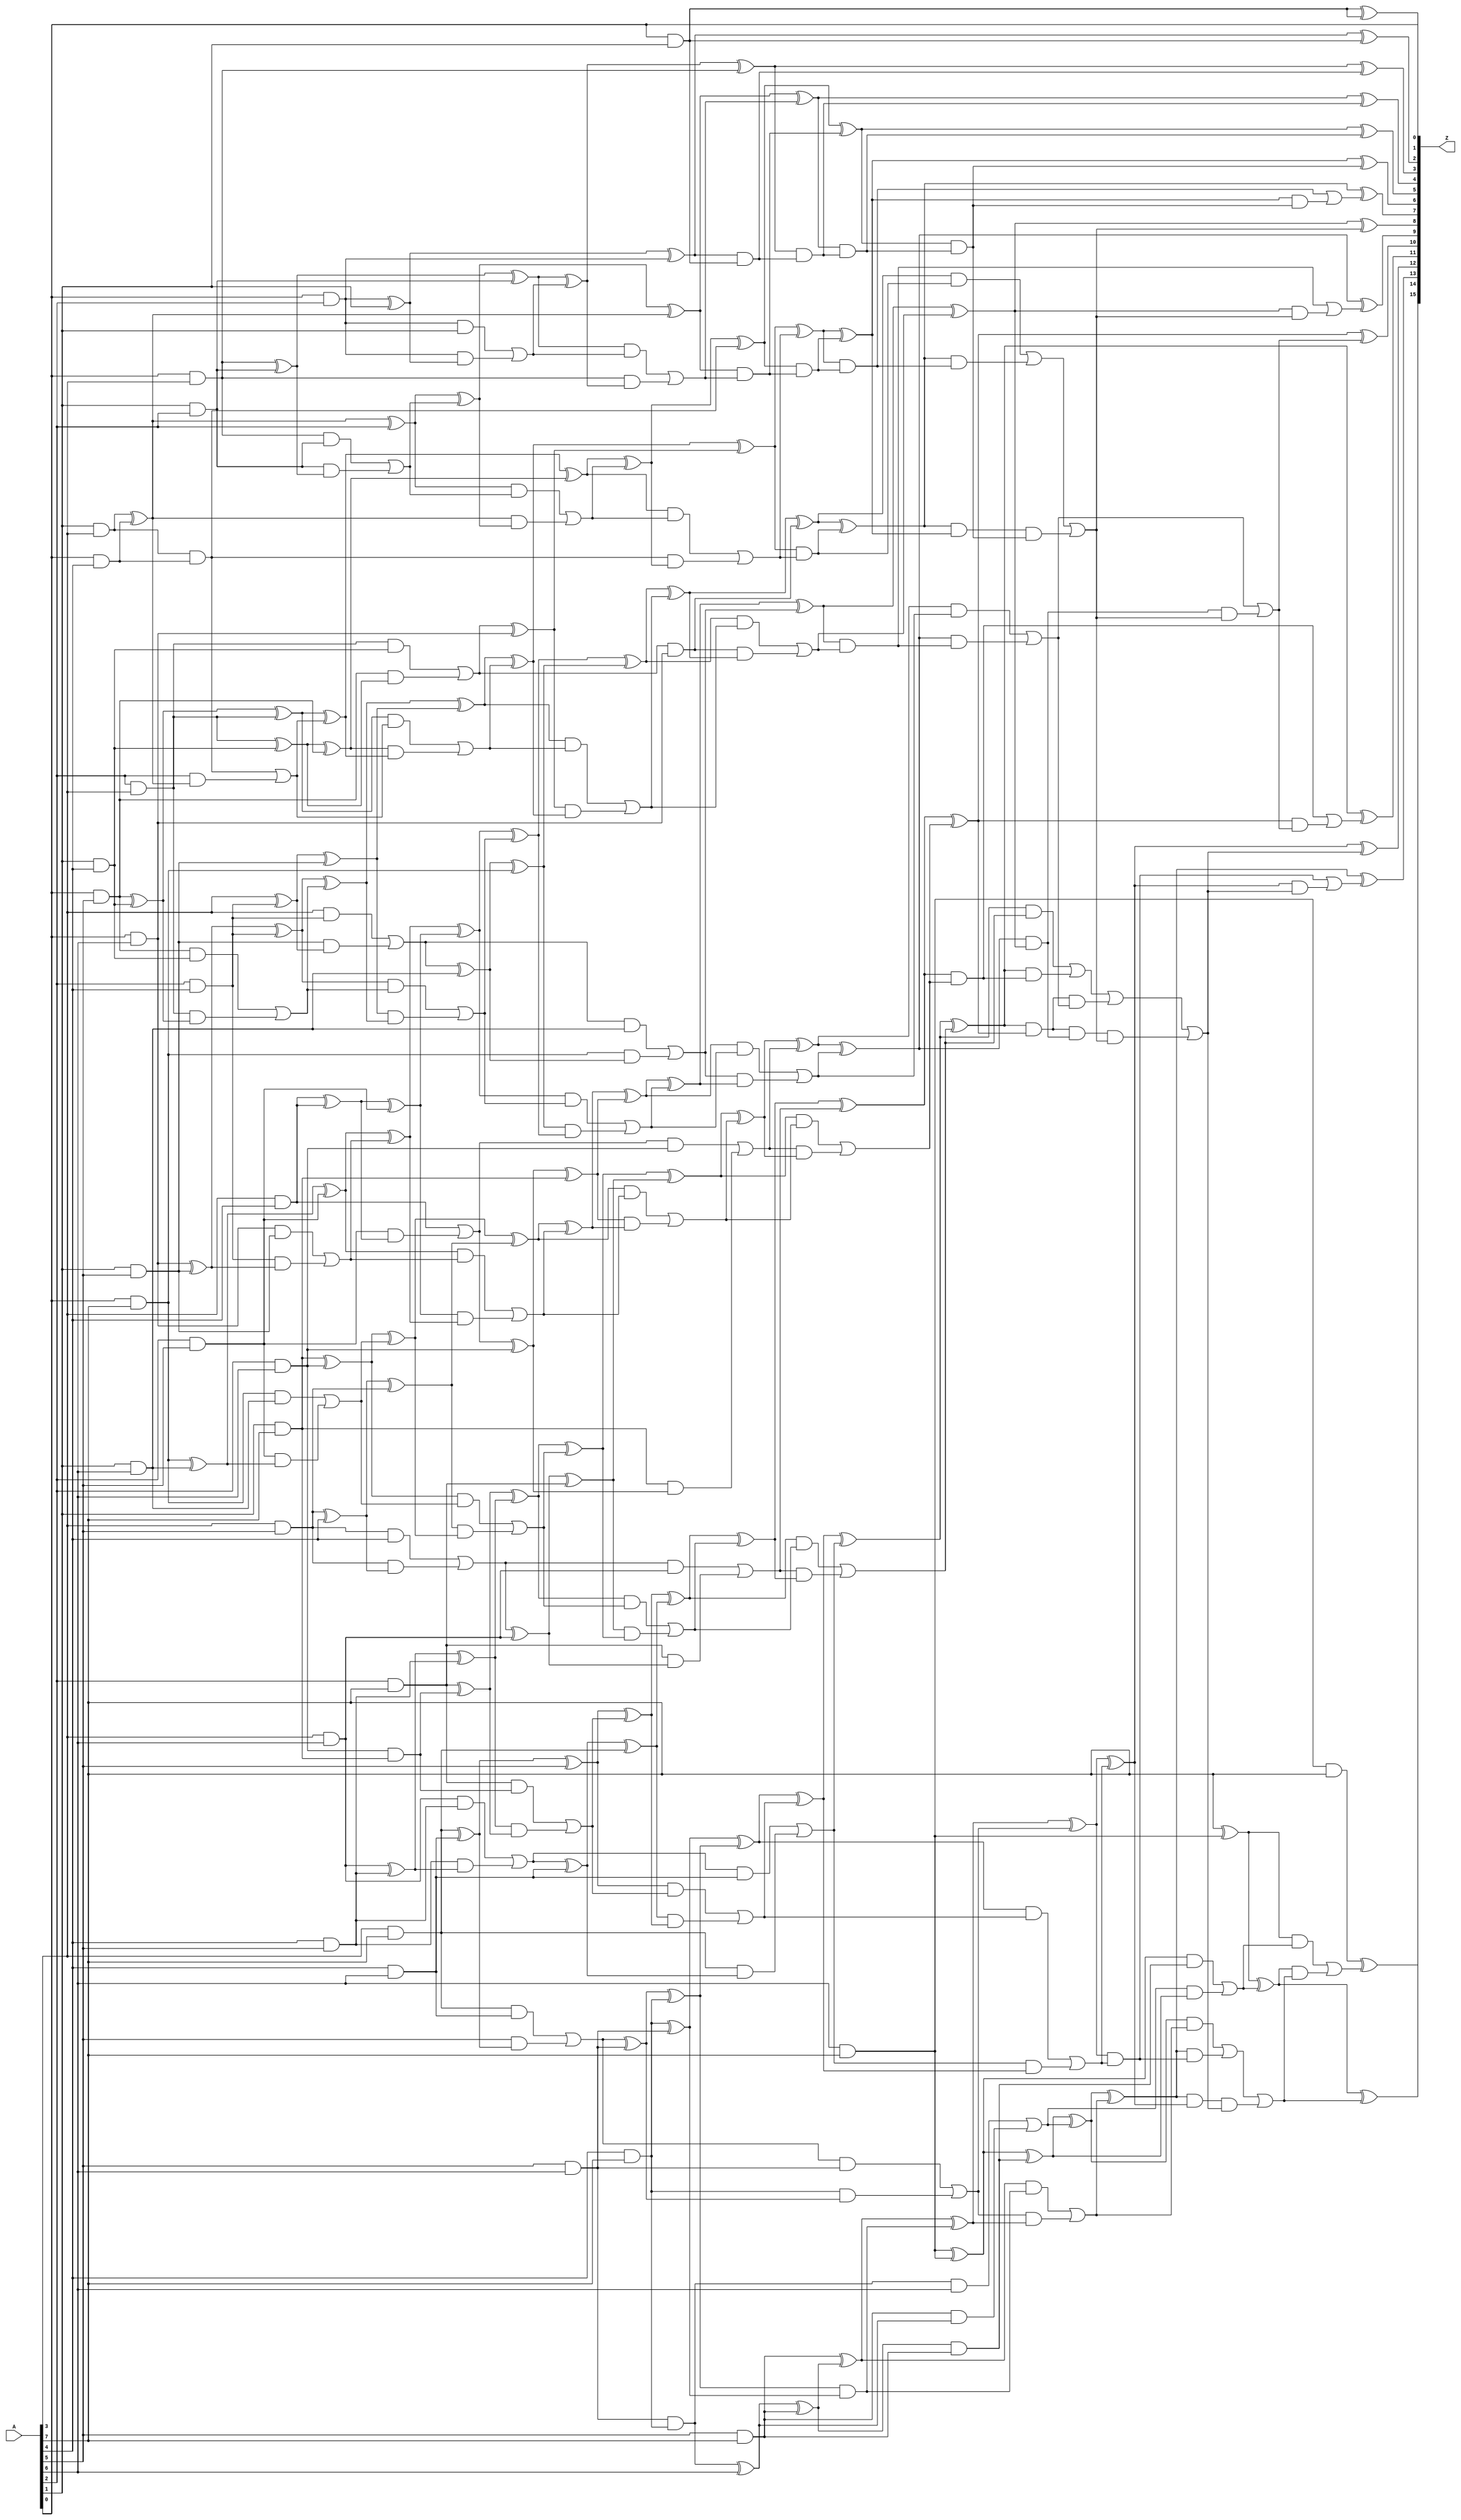
/* Generated by Yosys 0.5+ (git sha1 f13e387, gcc 5.3.1-8ubuntu2 -O2 -fstack-protector-strong -fPIC -Os) */
module square8(A, Z);
  wire [15:0] _000_;
  wire [15:0] _001_;
  wire [15:0] _002_;
  wire [15:0] _003_;
  wire [15:0] _004_;
  wire [15:0] _005_;
  wire [15:0] _006_;
  wire [15:0] _007_;
  wire [15:0] _008_;
  wire [15:0] _009_;
  wire [15:0] _010_;
  wire [15:0] _011_;
  wire [15:0] _012_;
  wire [15:0] _013_;
  wire [15:0] _014_;
  wire [15:0] _015_;
  wire [15:0] _016_;
  wire [15:0] _017_;
  wire [15:0] _018_;
  wire [15:0] _019_;
  wire [15:0] _020_;
  wire [15:0] _021_;
  wire [15:0] _022_;
  wire [15:0] _023_;
  wire [15:0] _024_;
  wire [15:0] _025_;
  wire [15:0] _026_;
  wire [15:0] _027_;
  wire [15:0] _028_;
  wire [15:0] _029_;
  wire [15:0] _030_;
  wire [15:0] _031_;
  wire [15:0] _032_;
  wire [15:0] _033_;
  wire [15:0] _034_;
  wire [15:0] _035_;
  wire [15:0] _036_;
  wire [15:0] _037_;
  wire [15:0] _038_;
  wire [15:0] _039_;
  wire [15:0] _040_;
  wire _041_;
  wire _042_;
  wire _043_;
  wire _044_;
  wire _045_;
  wire _046_;
  wire _047_;
  wire _048_;
  wire _049_;
  wire _050_;
  wire _051_;
  wire _052_;
  wire _053_;
  wire _054_;
  wire _055_;
  wire _056_;
  wire _057_;
  wire _058_;
  wire _059_;
  wire _060_;
  wire _061_;
  wire _062_;
  wire _063_;
  wire _064_;
  input [7:0] A;
  output [15:0] Z;
  assign _014_[1] = A[0] & A[1];
  assign _015_[2] = A[1] & A[1];
  assign _014_[2] = A[0] & A[2];
  assign _015_[3] = A[1] & A[2];
  assign _016_[4] = A[2] & A[2];
  assign _014_[3] = A[0] & A[3];
  assign _015_[4] = A[1] & A[3];
  assign _016_[5] = A[2] & A[3];
  assign _017_[6] = A[3] & A[3];
  assign _014_[4] = A[0] & A[4];
  assign _015_[5] = A[1] & A[4];
  assign _016_[6] = A[2] & A[4];
  assign _017_[7] = A[3] & A[4];
  assign _018_[8] = A[4] & A[4];
  assign _014_[5] = A[0] & A[5];
  assign _015_[6] = A[1] & A[5];
  assign _016_[7] = A[2] & A[5];
  assign _017_[8] = A[3] & A[5];
  assign _018_[9] = A[4] & A[5];
  assign _019_[10] = A[5] & A[5];
  assign _014_[6] = A[0] & A[6];
  assign _015_[7] = A[1] & A[6];
  assign _016_[8] = A[2] & A[6];
  assign _017_[9] = A[3] & A[6];
  assign _018_[10] = A[4] & A[6];
  assign _019_[11] = A[5] & A[6];
  assign _020_[12] = A[6] & A[6];
  assign _014_[7] = A[0] & A[7];
  assign _015_[8] = A[1] & A[7];
  assign _016_[9] = A[2] & A[7];
  assign _017_[10] = A[3] & A[7];
  assign _018_[11] = A[4] & A[7];
  assign _019_[12] = A[5] & A[7];
  assign _020_[13] = A[6] & A[7];
  assign _021_[14] = A[7] & A[7];
  assign _000_[2] = _024_[2] ^  _014_[2];
  assign _000_[3] = _024_[3] ^  _015_[3];
  assign _000_[4] = _001_[4] ^  _016_[4];
  assign _000_[5] = _024_[5] ^  _016_[5];
  assign _000_[6] = _024_[6] ^  _016_[6];
  assign _000_[7] = _024_[7] ^  _016_[7];
  assign _000_[8] = _015_[8] ^  _016_[8];
  assign _006_[2] = _022_[2] |  _023_[2];
  assign _006_[3] = _022_[3] |  _023_[3];
  assign _006_[4] = _007_[4] |  _023_[4];
  assign _006_[5] = _022_[5] |  _023_[5];
  assign _006_[6] = _022_[6] |  _023_[6];
  assign _006_[7] = _022_[7] |  _023_[7];
  assign _023_[2] = _014_[2] &  _024_[2];
  assign _023_[3] = _015_[3] &  _024_[3];
  assign _023_[4] = _016_[4] &  _001_[4];
  assign _023_[5] = _016_[5] &  _024_[5];
  assign _023_[6] = _016_[6] &  _024_[6];
  assign _023_[7] = _016_[7] &  _024_[7];
  assign _006_[8] = _016_[8] &  _015_[8];
  assign _006_[1] = _014_[1] &  _014_[1];
  assign _022_[2] = _014_[2] &  _015_[2];
  assign _022_[3] = _014_[3] &  _015_[3];
  assign _022_[5] = _014_[5] &  _015_[5];
  assign _022_[6] = _014_[6] &  _015_[6];
  assign _022_[7] = _014_[7] &  _015_[7];
  assign Z[1] = _014_[1] ^  _014_[1];
  assign _024_[2] = _014_[2] ^  _015_[2];
  assign _024_[3] = _014_[3] ^  _015_[3];
  assign _024_[5] = _014_[5] ^  _015_[5];
  assign _024_[6] = _014_[6] ^  _015_[6];
  assign _024_[7] = _014_[7] ^  _015_[7];
  assign _001_[5] = _027_[5] ^  _014_[5];
  assign _001_[6] = _027_[6] ^  _015_[6];
  assign _001_[7] = _027_[7] ^  _016_[7];
  assign _001_[8] = _027_[8] ^  _017_[8];
  assign _001_[9] = _027_[9] ^  _018_[9];
  assign _001_[10] = _027_[10] ^  _019_[10];
  assign _001_[11] = _018_[11] ^  _019_[11];
  assign _007_[5] = _025_[5] |  _026_[5];
  assign _007_[6] = _025_[6] |  _026_[6];
  assign _007_[7] = _025_[7] |  _026_[7];
  assign _007_[8] = _025_[8] |  _026_[8];
  assign _007_[9] = _025_[9] |  _026_[9];
  assign _007_[10] = _025_[10] |  _026_[10];
  assign _026_[5] = _014_[5] &  _027_[5];
  assign _026_[6] = _015_[6] &  _027_[6];
  assign _026_[7] = _016_[7] &  _027_[7];
  assign _026_[8] = _017_[8] &  _027_[8];
  assign _026_[9] = _018_[9] &  _027_[9];
  assign _026_[10] = _019_[10] &  _027_[10];
  assign _007_[11] = _019_[11] &  _018_[11];
  assign _007_[4] = _015_[4] &  _014_[4];
  assign _025_[5] = _016_[5] &  _015_[5];
  assign _025_[6] = _017_[6] &  _016_[6];
  assign _025_[7] = _017_[7] &  _017_[7];
  assign _025_[8] = _017_[8] &  _018_[8];
  assign _025_[9] = _017_[9] &  _018_[9];
  assign _025_[10] = _017_[10] &  _018_[10];
  assign _001_[4] = _015_[4] ^  _014_[4];
  assign _027_[5] = _016_[5] ^  _015_[5];
  assign _027_[6] = _017_[6] ^  _016_[6];
  assign _027_[7] = _017_[7] ^  _017_[7];
  assign _027_[8] = _017_[8] ^  _018_[8];
  assign _027_[9] = _017_[9] ^  _018_[9];
  assign _027_[10] = _017_[10] ^  _018_[10];
  assign _002_[3] = _030_[3] ^  _014_[3];
  assign _002_[4] = _030_[4] ^  _001_[4];
  assign _002_[5] = _030_[5] ^  _001_[5];
  assign _002_[6] = _030_[6] ^  _001_[6];
  assign _002_[7] = _030_[7] ^  _001_[7];
  assign _002_[8] = _030_[8] ^  _001_[8];
  assign _002_[9] = _030_[9] ^  _001_[9];
  assign _008_[3] = _028_[3] |  _029_[3];
  assign _008_[4] = _028_[4] |  _029_[4];
  assign _008_[5] = _028_[5] |  _029_[5];
  assign _008_[6] = _028_[6] |  _029_[6];
  assign _008_[7] = _028_[7] |  _029_[7];
  assign _008_[8] = _028_[8] |  _029_[8];
  assign _008_[9] = _028_[9] |  _029_[9];
  assign _029_[3] = _014_[3] &  _030_[3];
  assign _029_[4] = _001_[4] &  _030_[4];
  assign _029_[5] = _001_[5] &  _030_[5];
  assign _029_[6] = _001_[6] &  _030_[6];
  assign _029_[7] = _001_[7] &  _030_[7];
  assign _029_[8] = _001_[8] &  _030_[8];
  assign _029_[9] = _001_[9] &  _030_[9];
  assign _008_[2] = _000_[2] &  _006_[1];
  assign _028_[3] = _000_[3] &  _006_[2];
  assign _028_[4] = _000_[4] &  _006_[3];
  assign _028_[5] = _000_[5] &  _006_[4];
  assign _028_[6] = _000_[6] &  _006_[5];
  assign _028_[7] = _000_[7] &  _006_[6];
  assign _028_[8] = _000_[8] &  _006_[7];
  assign _028_[9] = _016_[9] &  _006_[8];
  assign Z[2] = _000_[2] ^  _006_[1];
  assign _030_[3] = _000_[3] ^  _006_[2];
  assign _030_[4] = _000_[4] ^  _006_[3];
  assign _030_[5] = _000_[5] ^  _006_[4];
  assign _030_[6] = _000_[6] ^  _006_[5];
  assign _030_[7] = _000_[7] ^  _006_[6];
  assign _030_[8] = _000_[8] ^  _006_[7];
  assign _030_[9] = _016_[9] ^  _006_[8];
  assign _003_[7] = _033_[7] ^  _014_[7];
  assign _003_[8] = _033_[8] ^  _015_[8];
  assign _003_[9] = _033_[9] ^  _016_[9];
  assign _003_[10] = _033_[10] ^  _017_[10];
  assign _003_[11] = _033_[11] ^  _018_[11];
  assign _003_[12] = _033_[12] ^  _019_[12];
  assign _003_[13] = _020_[13] ^  _020_[13];
  assign _009_[7] = _031_[7] |  _032_[7];
  assign _009_[8] = _031_[8] |  _032_[8];
  assign _009_[9] = _031_[9] |  _032_[9];
  assign _009_[10] = _031_[10] |  _032_[10];
  assign _009_[11] = _031_[11] |  _032_[11];
  assign _009_[12] = _031_[12] |  _032_[12];
  assign _032_[7] = _014_[7] &  _033_[7];
  assign _032_[8] = _015_[8] &  _033_[8];
  assign _032_[9] = _016_[9] &  _033_[9];
  assign _032_[10] = _017_[10] &  _033_[10];
  assign _032_[11] = _018_[11] &  _033_[11];
  assign _032_[12] = _019_[12] &  _033_[12];
  assign _009_[13] = _020_[13] &  _020_[13];
  assign _009_[6] = _007_[5] &  _014_[6];
  assign _031_[7] = _007_[6] &  _015_[7];
  assign _031_[8] = _007_[7] &  _016_[8];
  assign _031_[9] = _007_[8] &  _017_[9];
  assign _031_[10] = _007_[9] &  _018_[10];
  assign _031_[11] = _007_[10] &  _019_[11];
  assign _031_[12] = _007_[11] &  _020_[12];
  assign _003_[6] = _007_[5] ^  _014_[6];
  assign _033_[7] = _007_[6] ^  _015_[7];
  assign _033_[8] = _007_[7] ^  _016_[8];
  assign _033_[9] = _007_[8] ^  _017_[9];
  assign _033_[10] = _007_[9] ^  _018_[10];
  assign _033_[11] = _007_[10] ^  _019_[11];
  assign _033_[12] = _007_[11] ^  _020_[12];
  assign _004_[5] = _036_[5] ^  _007_[4];
  assign _004_[6] = _036_[6] ^  _003_[6];
  assign _004_[7] = _036_[7] ^  _003_[7];
  assign _004_[8] = _036_[8] ^  _003_[8];
  assign _004_[9] = _036_[9] ^  _003_[9];
  assign _004_[10] = _036_[10] ^  _003_[10];
  assign _004_[11] = _001_[11] ^  _003_[11];
  assign _004_[12] = _019_[12] ^  _003_[12];
  assign _010_[5] = _034_[5] |  _035_[5];
  assign _010_[6] = _034_[6] |  _035_[6];
  assign _010_[7] = _034_[7] |  _035_[7];
  assign _010_[8] = _034_[8] |  _035_[8];
  assign _010_[9] = _034_[9] |  _035_[9];
  assign _010_[10] = _034_[10] |  _035_[10];
  assign _035_[5] = _007_[4] &  _036_[5];
  assign _035_[6] = _003_[6] &  _036_[6];
  assign _035_[7] = _003_[7] &  _036_[7];
  assign _035_[8] = _003_[8] &  _036_[8];
  assign _035_[9] = _003_[9] &  _036_[9];
  assign _035_[10] = _003_[10] &  _036_[10];
  assign _010_[11] = _003_[11] &  _001_[11];
  assign _010_[12] = _003_[12] &  _019_[12];
  assign _010_[3] = _002_[3] &  _008_[2];
  assign _010_[4] = _002_[4] &  _008_[3];
  assign _034_[5] = _002_[5] &  _008_[4];
  assign _034_[6] = _002_[6] &  _008_[5];
  assign _034_[7] = _002_[7] &  _008_[6];
  assign _034_[8] = _002_[8] &  _008_[7];
  assign _034_[9] = _002_[9] &  _008_[8];
  assign _034_[10] = _001_[10] &  _008_[9];
  assign Z[3] = _002_[3] ^  _008_[2];
  assign _004_[4] = _002_[4] ^  _008_[3];
  assign _036_[5] = _002_[5] ^  _008_[4];
  assign _036_[6] = _002_[6] ^  _008_[5];
  assign _036_[7] = _002_[7] ^  _008_[6];
  assign _036_[8] = _002_[8] ^  _008_[7];
  assign _036_[9] = _002_[9] ^  _008_[8];
  assign _036_[10] = _001_[10] ^  _008_[9];
  assign _005_[7] = _039_[7] ^  _009_[6];
  assign _005_[8] = _039_[8] ^  _009_[7];
  assign _005_[9] = _039_[9] ^  _009_[8];
  assign _005_[10] = _039_[10] ^  _009_[9];
  assign _005_[11] = _039_[11] ^  _009_[10];
  assign _005_[12] = _039_[12] ^  _009_[11];
  assign _005_[13] = _039_[13] ^  _009_[12];
  assign _005_[14] = _021_[14] ^  _009_[13];
  assign _011_[7] = _037_[7] |  _038_[7];
  assign _011_[8] = _037_[8] |  _038_[8];
  assign _011_[9] = _037_[9] |  _038_[9];
  assign _011_[10] = _037_[10] |  _038_[10];
  assign _011_[11] = _037_[11] |  _038_[11];
  assign _011_[12] = _037_[12] |  _038_[12];
  assign _011_[13] = _037_[13] |  _038_[13];
  assign _038_[7] = _009_[6] &  _039_[7];
  assign _038_[8] = _009_[7] &  _039_[8];
  assign _038_[9] = _009_[8] &  _039_[9];
  assign _038_[10] = _009_[9] &  _039_[10];
  assign _038_[11] = _009_[10] &  _039_[11];
  assign _038_[12] = _009_[11] &  _039_[12];
  assign _038_[13] = _009_[12] &  _039_[13];
  assign _011_[14] = _009_[13] &  _021_[14];
  assign _011_[4] = _004_[4] &  _010_[3];
  assign _011_[5] = _004_[5] &  _010_[4];
  assign _011_[6] = _004_[6] &  _010_[5];
  assign _037_[7] = _004_[7] &  _010_[6];
  assign _037_[8] = _004_[8] &  _010_[7];
  assign _037_[9] = _004_[9] &  _010_[8];
  assign _037_[10] = _004_[10] &  _010_[9];
  assign _037_[11] = _004_[11] &  _010_[10];
  assign _037_[12] = _004_[12] &  _010_[11];
  assign _037_[13] = _003_[13] &  _010_[12];
  assign Z[4] = _004_[4] ^  _010_[3];
  assign _005_[5] = _004_[5] ^  _010_[4];
  assign _005_[6] = _004_[6] ^  _010_[5];
  assign _039_[7] = _004_[7] ^  _010_[6];
  assign _039_[8] = _004_[8] ^  _010_[7];
  assign _039_[9] = _004_[9] ^  _010_[8];
  assign _039_[10] = _004_[10] ^  _010_[9];
  assign _039_[11] = _004_[11] ^  _010_[10];
  assign _039_[12] = _004_[12] ^  _010_[11];
  assign _039_[13] = _003_[13] ^  _010_[12];
  assign Z[5] = _005_[5] ^  _011_[4];
  assign _012_[6] = _005_[6] ^  _011_[5];
  assign _012_[7] = _005_[7] ^  _011_[6];
  assign _012_[8] = _005_[8] ^  _011_[7];
  assign _012_[9] = _005_[9] ^  _011_[8];
  assign _012_[10] = _005_[10] ^  _011_[9];
  assign _012_[11] = _005_[11] ^  _011_[10];
  assign _012_[12] = _005_[12] ^  _011_[11];
  assign _012_[13] = _005_[13] ^  _011_[12];
  assign _012_[14] = _005_[14] ^  _011_[13];
  assign Z[6] = _012_[6] ^  _013_[5];
  assign Z[7] = _012_[7] ^  _013_[6];
  assign Z[8] = _012_[8] ^  _013_[7];
  assign Z[9] = _012_[9] ^  _013_[8];
  assign Z[10] = _012_[10] ^  _013_[9];
  assign Z[11] = _012_[11] ^  _013_[10];
  assign Z[12] = _012_[12] ^  _013_[11];
  assign Z[13] = _012_[13] ^  _013_[12];
  assign Z[14] = _012_[14] ^  _013_[13];
  assign Z[15] = _011_[14] ^  _013_[14];
  assign _013_[5] = _005_[5] &  _011_[4];
  assign _040_[6] = _005_[6] &  _011_[5];
  assign _040_[7] = _005_[7] &  _011_[6];
  assign _040_[8] = _005_[8] &  _011_[7];
  assign _040_[9] = _005_[9] &  _011_[8];
  assign _040_[10] = _005_[10] &  _011_[9];
  assign _040_[11] = _005_[11] &  _011_[10];
  assign _040_[12] = _005_[12] &  _011_[11];
  assign _040_[13] = _005_[13] &  _011_[12];
  assign _040_[14] = _005_[14] &  _011_[13];
  assign Z[0] = A[0] & A[0];
  assign _059_ = _012_[14] &  _013_[13];
  assign _057_ = _012_[10] &  _013_[9];
  assign _056_ = _012_[8] &  _013_[7];
  assign _058_ = _012_[12] &  _013_[11];
  assign _055_ = _012_[6] &  _013_[5];
  assign _054_ = _050_ &  _013_[11];
  assign _053_ = _048_ &  _013_[7];
  assign _052_ = _051_ &  _013_[7];
  assign _051_ = _049_ &  _048_;
  assign _050_ = _012_[13] &  _012_[12];
  assign _049_ = _012_[11] &  _012_[10];
  assign _048_ = _012_[9] &  _012_[8];
  assign _047_ = _012_[7] &  _012_[6];
  assign _046_ = _049_ &  _061_;
  assign _045_ = _047_ &  _013_[5];
  assign _044_ = _012_[13] &  _040_[12];
  assign _043_ = _012_[11] &  _040_[10];
  assign _042_ = _012_[9] &  _040_[8];
  assign _041_ = _012_[7] &  _040_[6];
  assign _060_ = _040_[7] |  _041_;
  assign _061_ = _040_[9] |  _042_;
  assign _062_ = _040_[11] |  _043_;
  assign _063_ = _040_[13] |  _044_;
  assign _013_[7] = _060_ |  _045_;
  assign _064_ = _062_ |  _046_;
  assign _013_[11] = _064_ |  _052_;
  assign _013_[9] = _061_ |  _053_;
  assign _013_[13] = _063_ |  _054_;
  assign _013_[6] = _040_[6] |  _055_;
  assign _013_[8] = _040_[8] |  _056_;
  assign _013_[10] = _040_[10] |  _057_;
  assign _013_[12] = _040_[12] |  _058_;
  assign _013_[14] = _040_[14] |  _059_;
endmodule